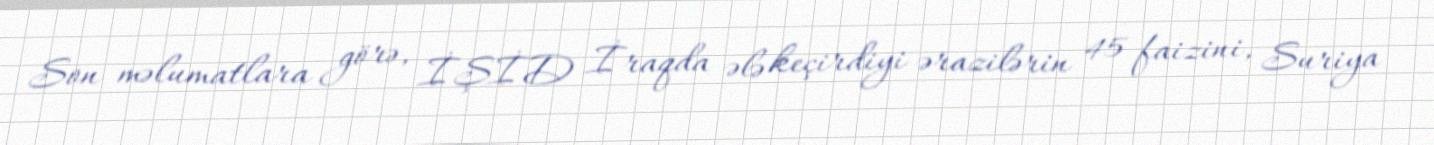
Son məlumatlara görə, İŞİD İraqda ələ keçirdiyi ərazilərin 45 faizini, Suriya